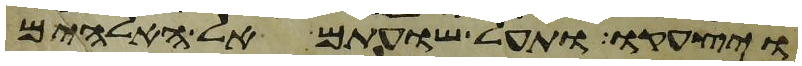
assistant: ויצעקו ותעל שועתם אל האלהים